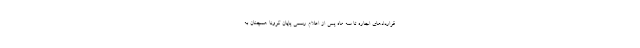
قراردادهای اجاره تا سه ماه پس از اعلام رسمی پایان کرونا همچنان به